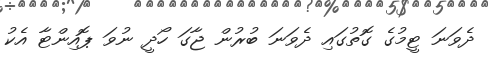
ދެވަނަ ޓީމުގެ ގޮތުގައި ދެވަނަ ބުރުން ޖާގަ ހޯދީ ނުވަ ޕޮއިންޓާ އެކު